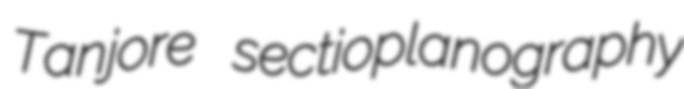
Tanjore sectioplanography